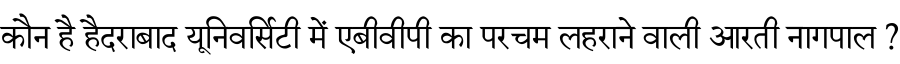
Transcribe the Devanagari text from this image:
कौन है हैदराबाद यूनिवर्सिटी में एबीवीपी का परचम लहराने वाली आरती नागपाल ?